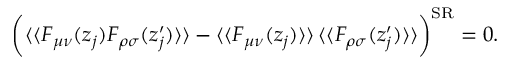
\bigg ( \langle \langle F _ { \mu \nu } ( z _ { j } ) F _ { \rho \sigma } ( z _ { j } ^ { \prime } ) \rangle \rangle - \langle \langle F _ { \mu \nu } ( z _ { j } ) \rangle \rangle \, \langle \langle F _ { \rho \sigma } ( z _ { j } ^ { \prime } ) \rangle \rangle \bigg ) ^ { \mathrm { S R } } = 0 .